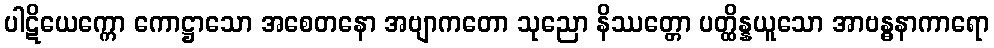
ပါဋိယေက္ကော ကောဋ္ဌာသော အစေတနော အဗျာကတော သုညော နိဿတ္တော ပတ္ထိန္နယူသော အာဗန္ဓနာကာရော